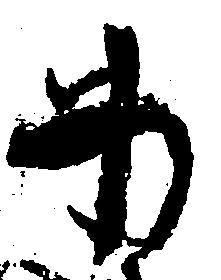
わ